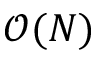
\mathcal O ( N )